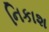
નિકાશ